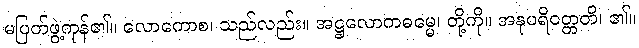
မပြတ်ဖွဲ့ကုန်၏။ လောကောစ၊ သည်လည်း။ အဋ္ဌလောကဓမ္မေ၊ တို့ကို။ အနုပရိဝတ္တတိ၊ ၏။